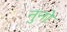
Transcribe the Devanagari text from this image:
नुनो